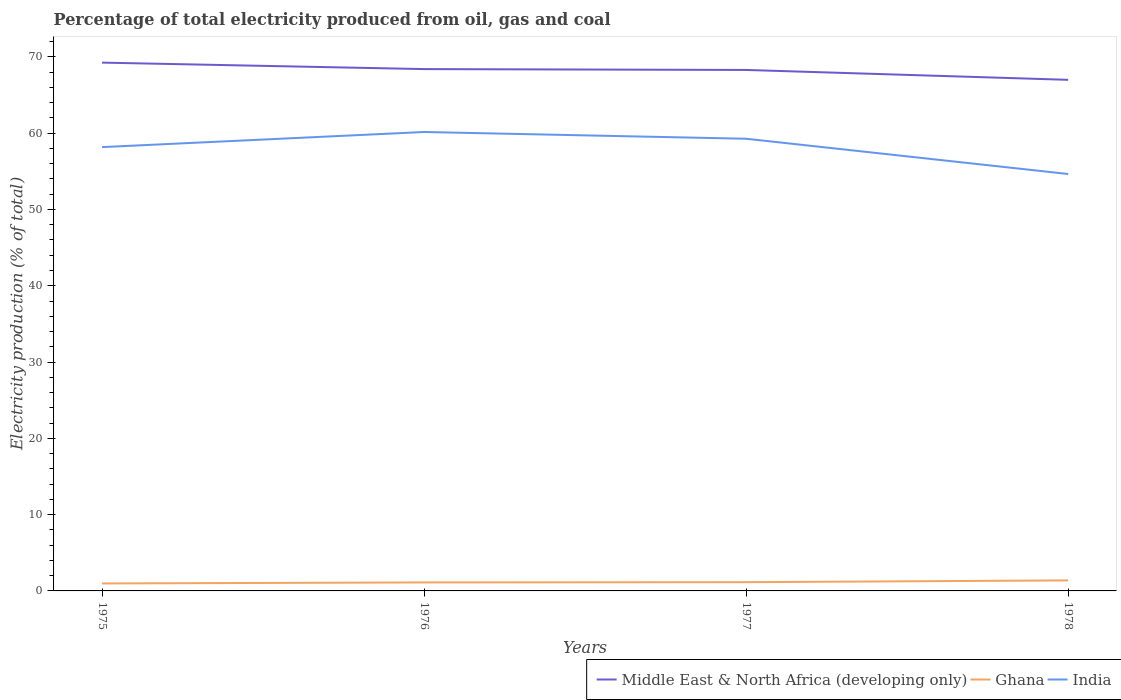
| Years | Middle East & North Africa (developing only) | Ghana | India |
 | --- | --- | --- | --- |
 | 1975 | 69.3 | 0.978 | 58.2 |
 | 1976 | 68.4 | 1.11 | 60.2 |
 | 1977 | 68.3 | 1.15 | 59.3 |
 | 1978 | 67 | 1.38 | 54.7 |